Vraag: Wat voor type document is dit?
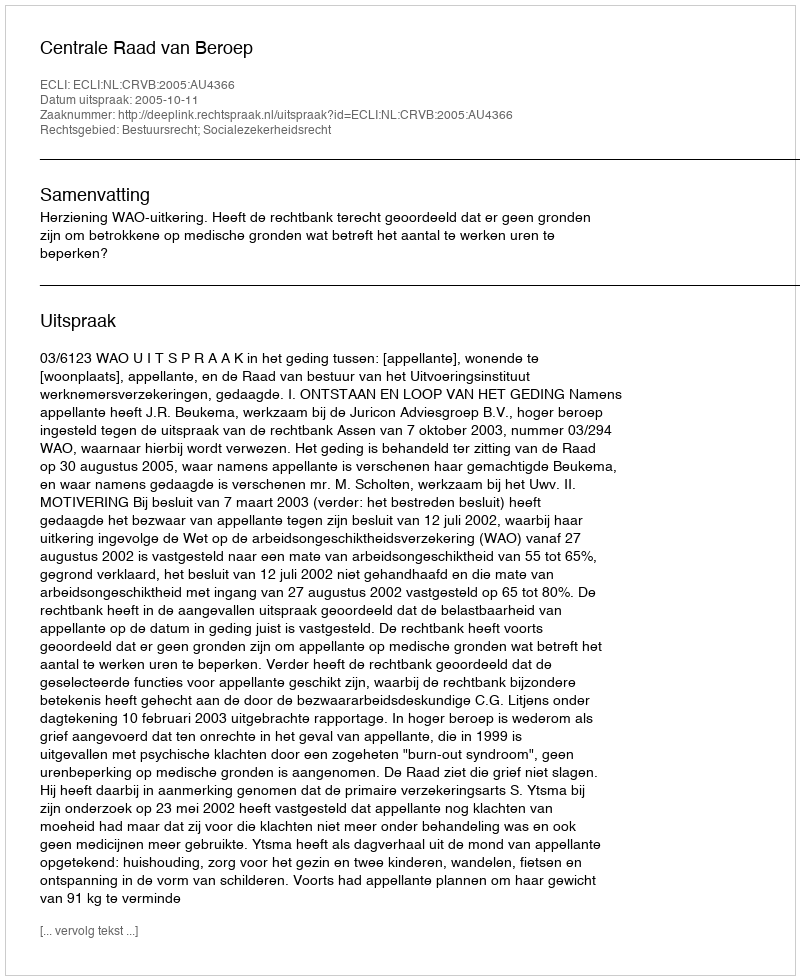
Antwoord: Uitspraak